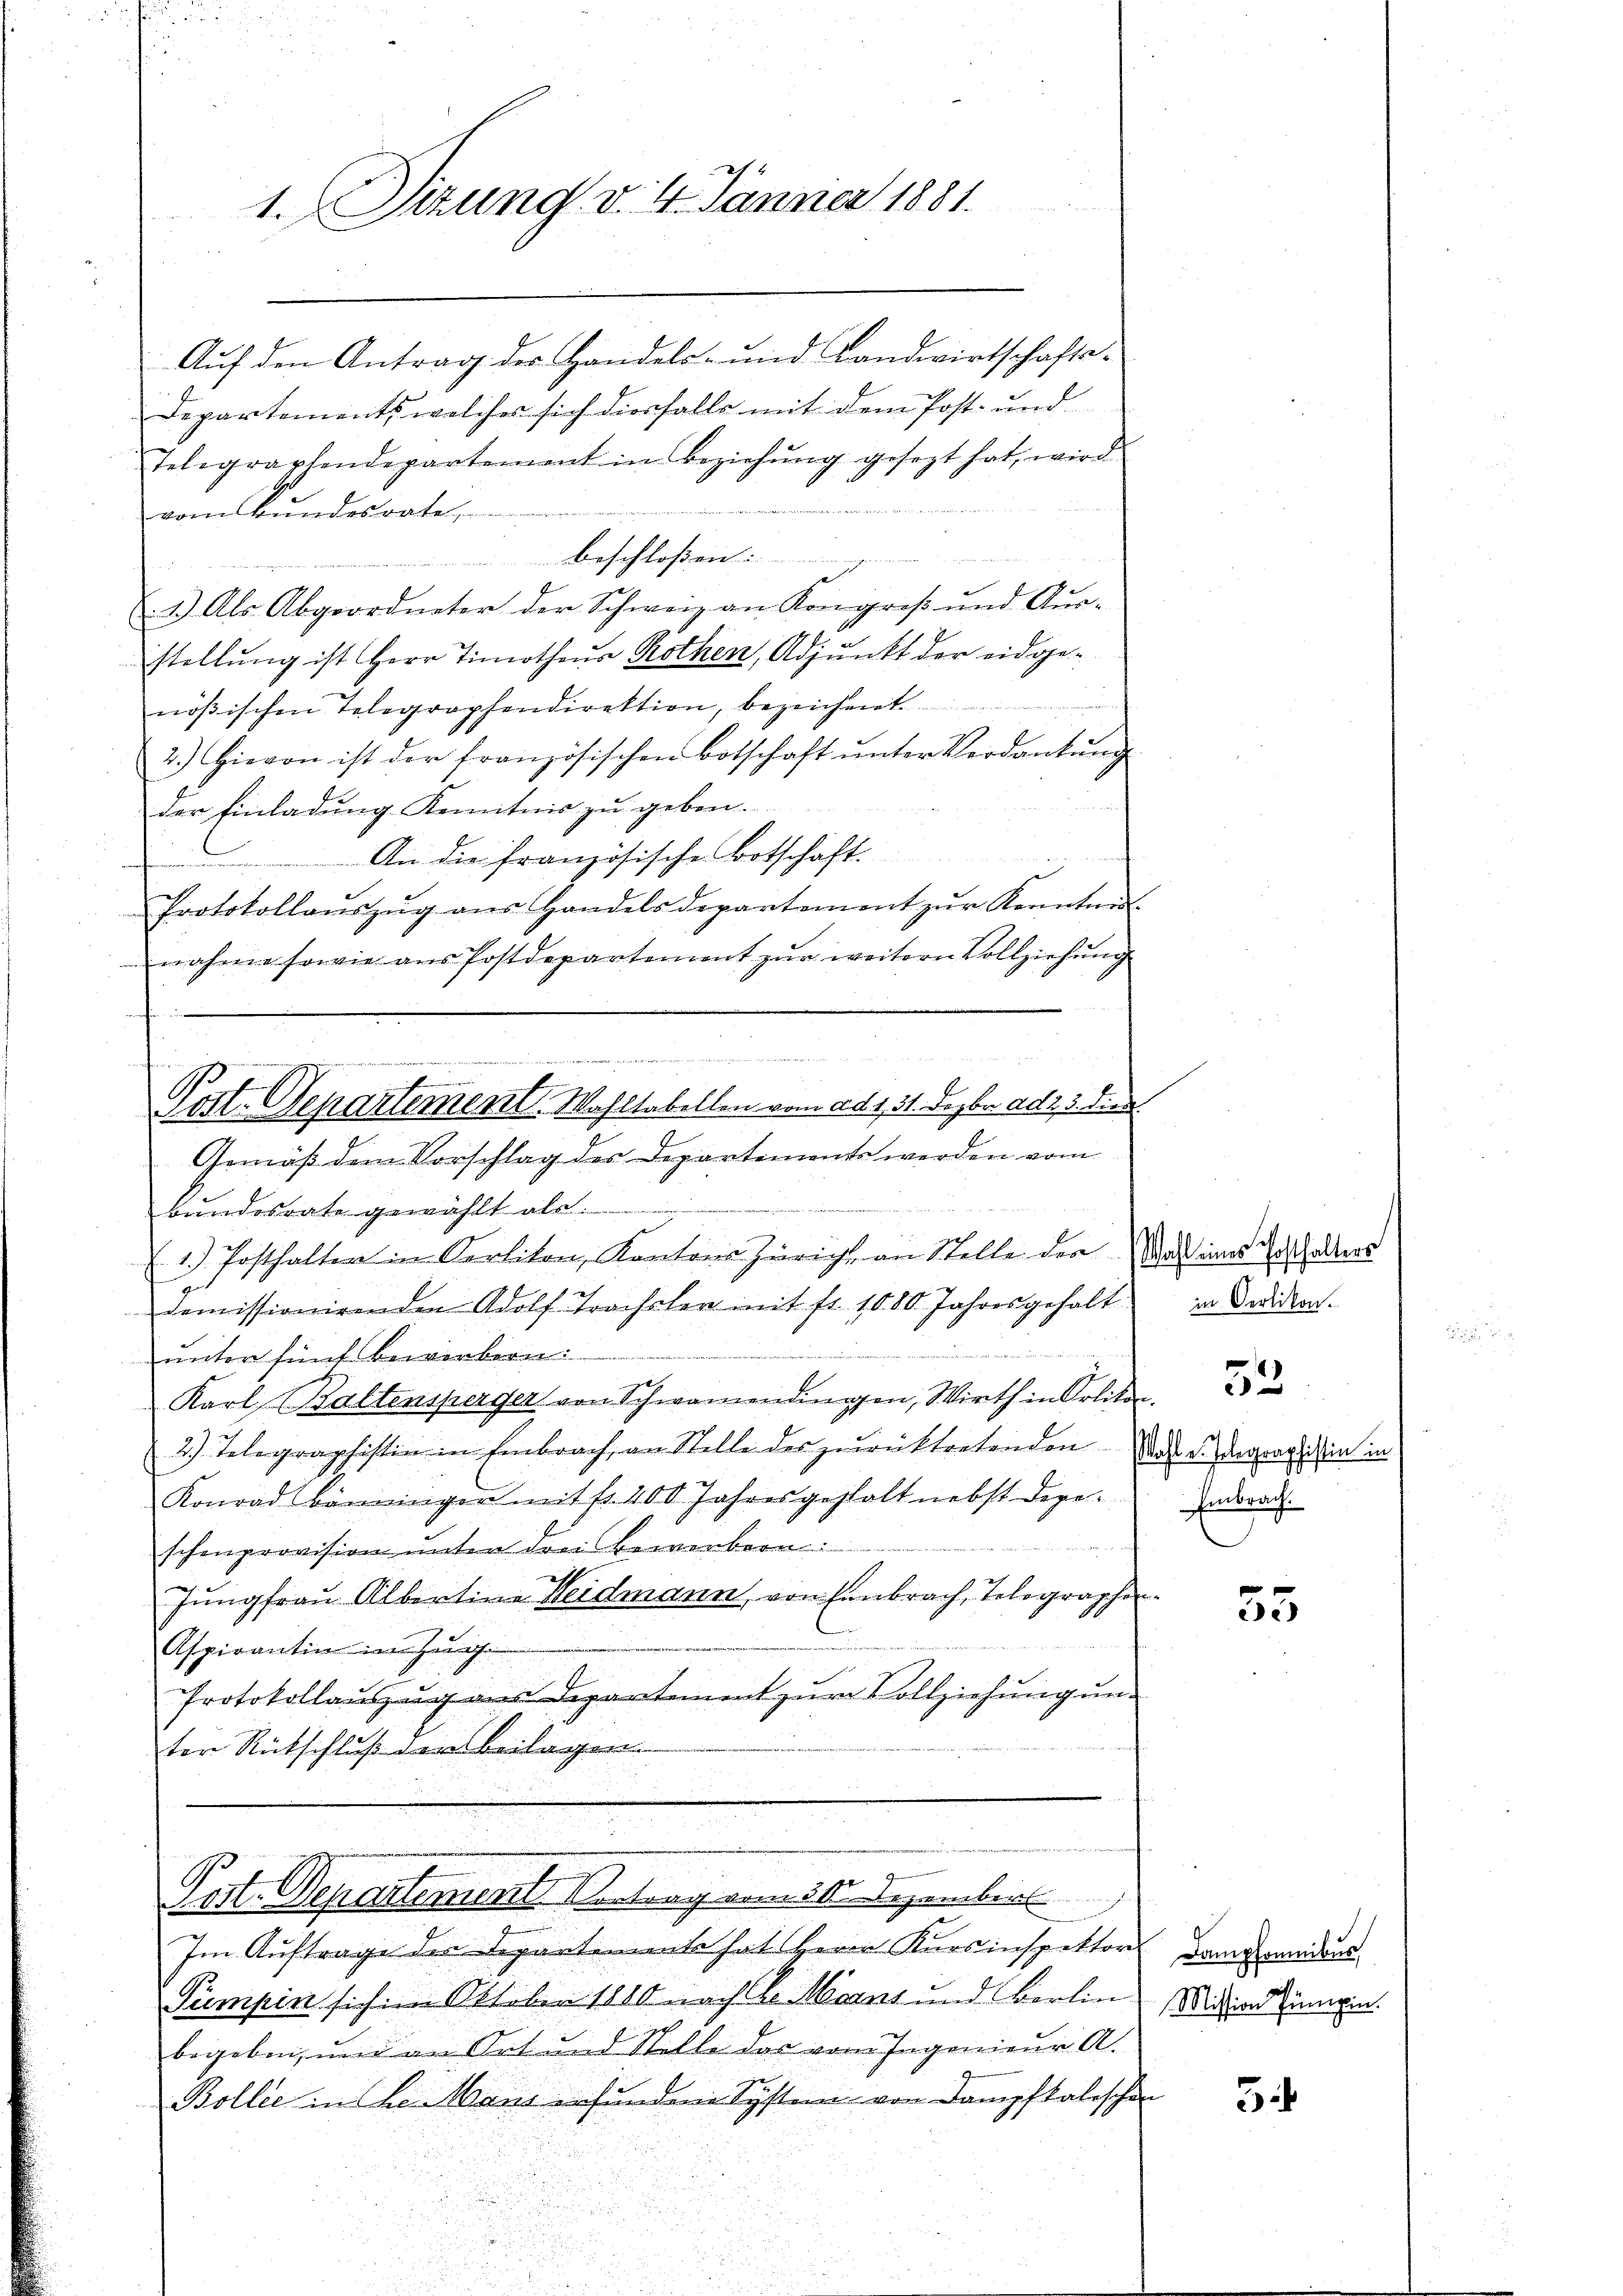
1. Sizung v. 4. Jänner 1881.

Auf den Antrag der Handels- und Landwirtschafts¬
Departements welches sich diesfalls mit dem Post- und
Telegraphendepartement in Beziehŭng gesezt hat, wird
vom Bundesrate
beschloßen
1.) Als Abgeordneter der Schweiz an Kongreß und Aus-
stellung ist Herr Timothaus Rothen, Adjunkt der eidgenößischen Telegraphendirektion, bezeichnet.
2.) Hievon ist der französischen Botschaft ŭnter Verdankŭng
Der Einladung Kenntnis zu geben.
An die französische Botschaft.
i
Protokollauszug aus Handelsdepartement zur Kenntnis
nahme sowie aŭs Postdepartement zŭr weitern Vollziehŭng
diesen trat der et seit der erstatte es mit de
Post. Departement. Wahltabellen vom ad 1, 31. Dezbr. ad 2. 3. dies
Gemäß dem Vorschlag der Departements werden vom
Bundesrate gewählt als
1) Posthalten in Carliton, Kantons Zürich an Stelle der Nacht eines Erschalters
domissionirenden Adolf Trachsler mit fr. 1080. Jahresgehalt
2
unter fünf Bewirkern:
Karl Baltensperger von Schwamendingen, Wirth in Orlikon-
2.) Telegraphistin in Embrach an Stelle des zurücktretenden der degraphien in
Konrad Bänningen mit fr. 400 Jahresgestalt nebst dage-

schenprovision unter drei Bewerbern:
Jŭngfraŭ Albertine Heidmann, von Embrach, Telegraphen.
Aspirantin im Zug
Protokollauszug aus Departement zum Vollziehung ung
ter Rückschluß der Beilagen.

2
Pott. Departement Vortrag vom 30. Dezember

Im Auftrage der Departement hat Herrn Kursinspektor Dammandaus
Pumpin sich im Oktoben 1810 nach Dr Marnt und Berlin Widern Zimmen.
begeben, und an Ort und Stelle des vom Ingenieur A
Boller in de Manz erfundene System von Dampfkalischen

in Oerlikon.

Embrach.

52

55

3